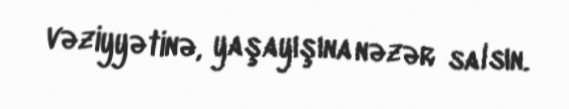
vəziyyətinə, yaşayışına nəzər salsın.